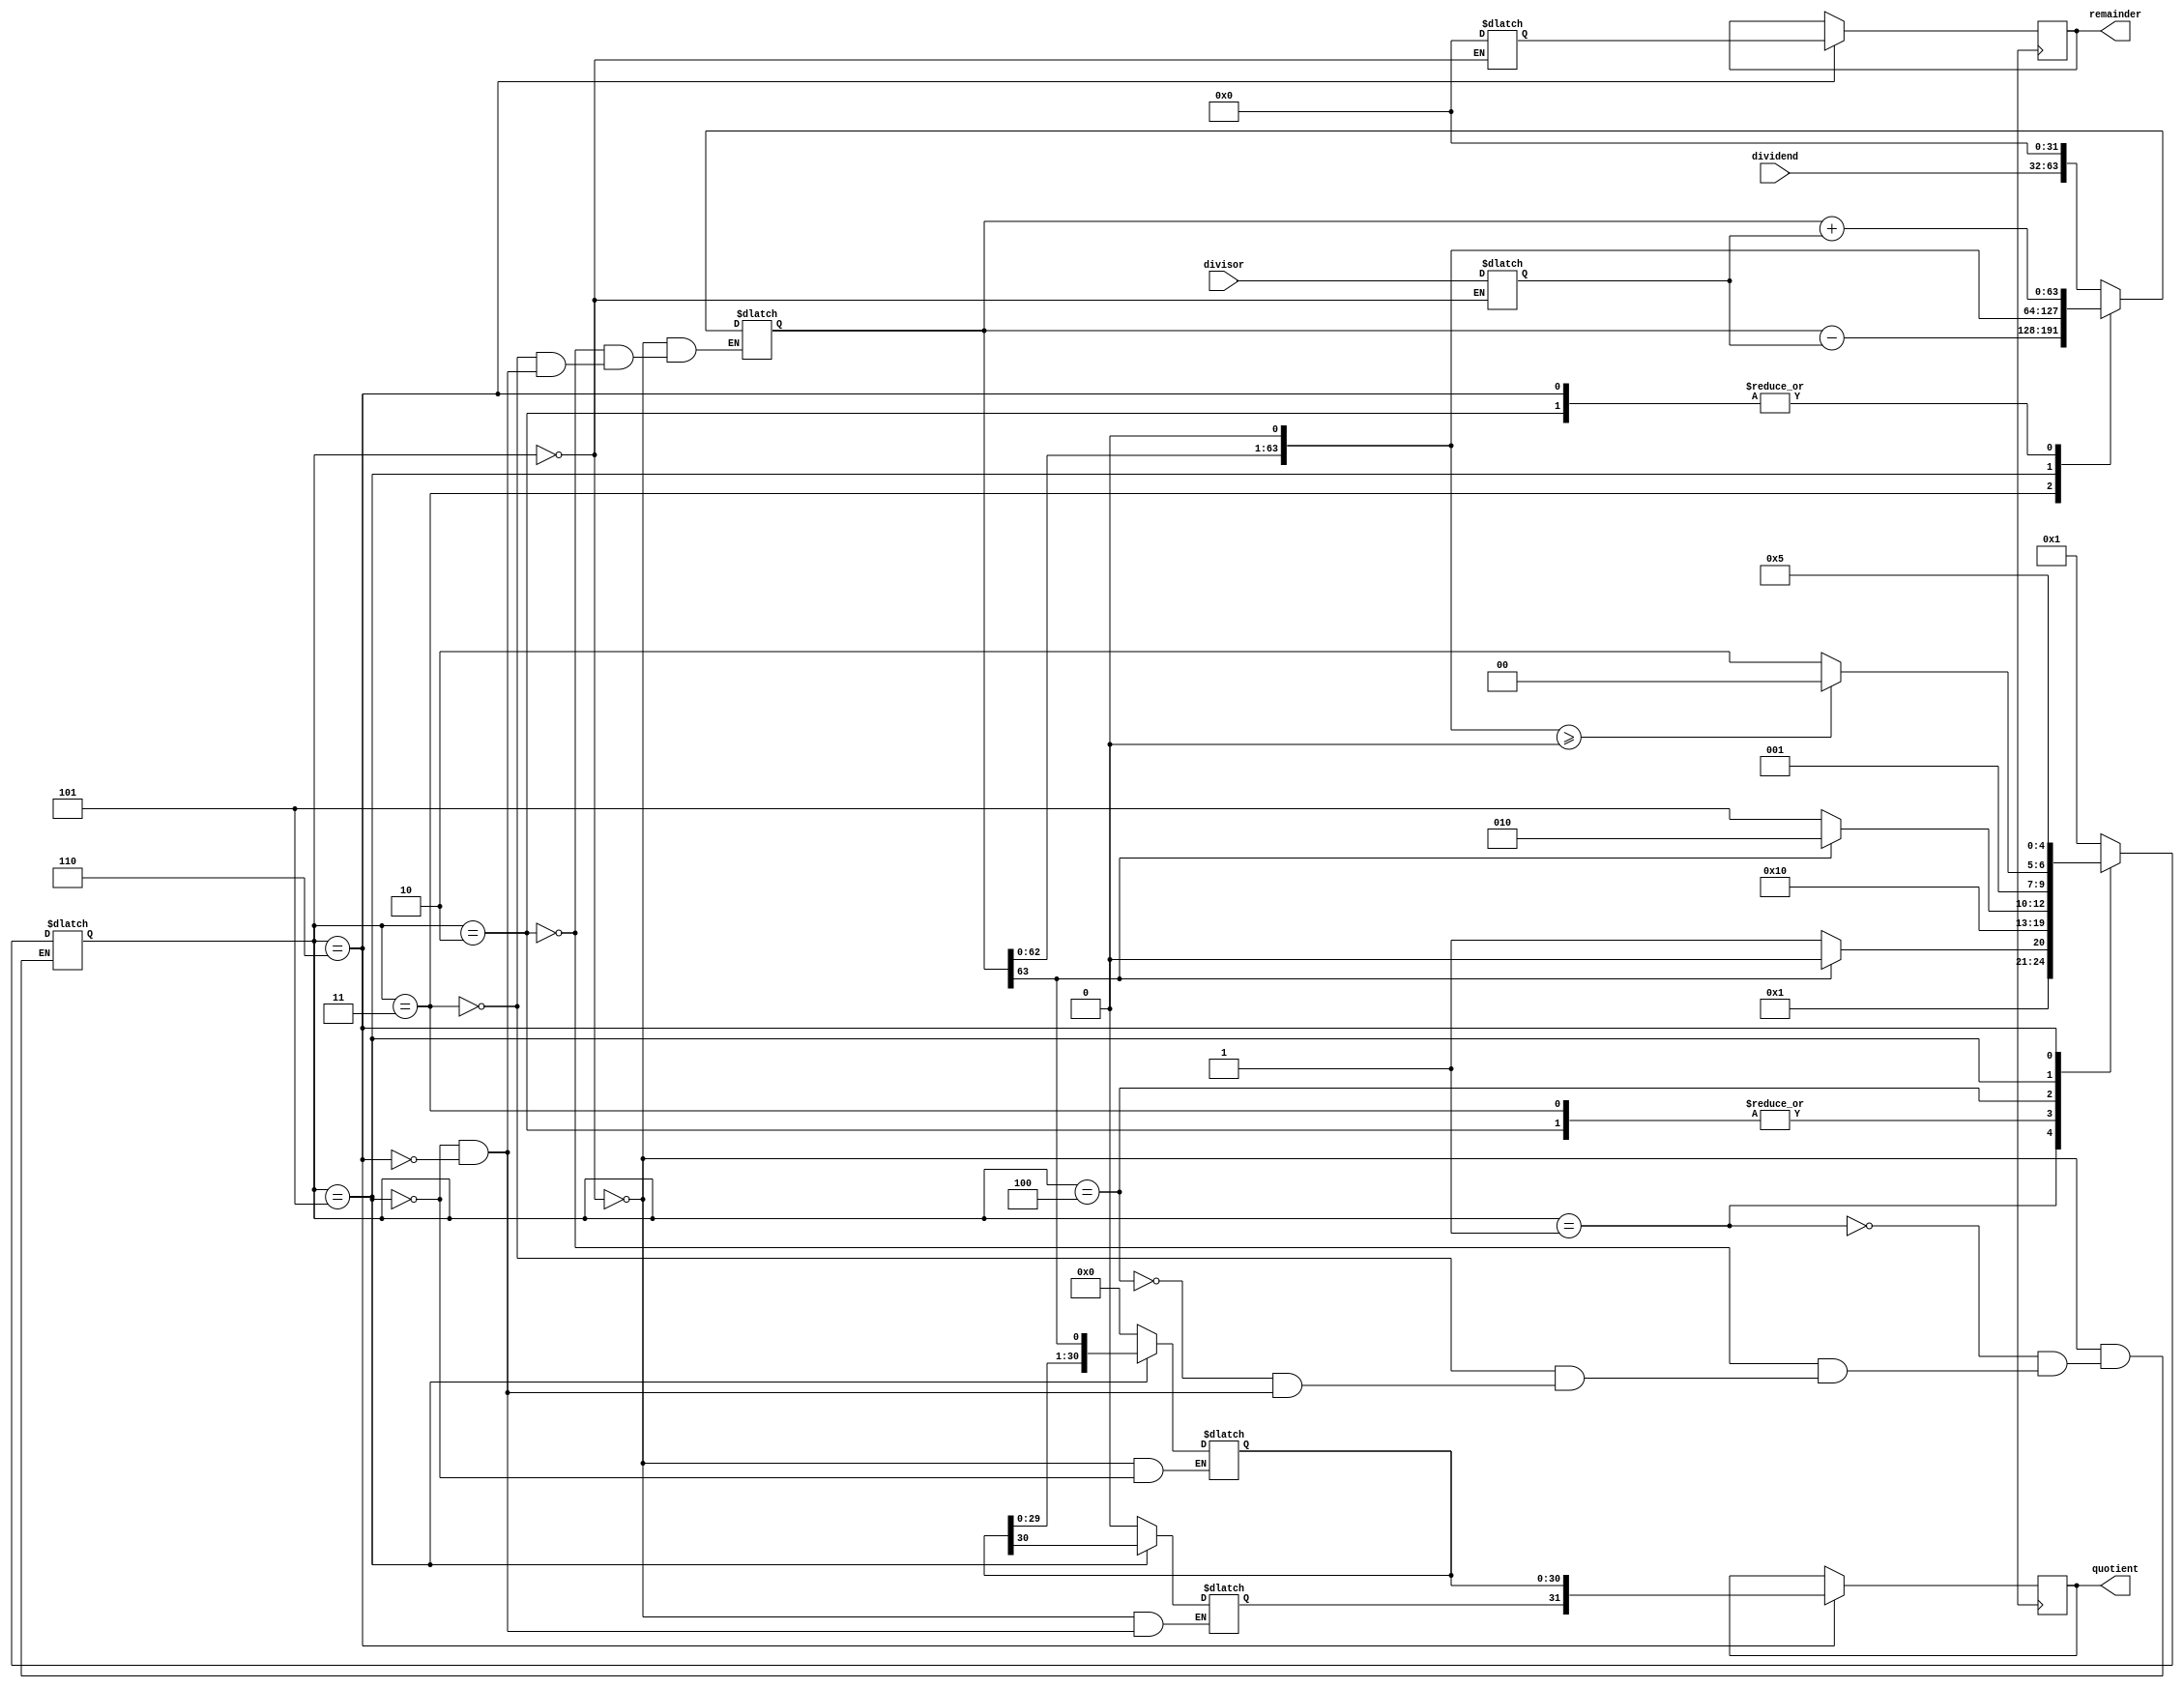
module Non_Restoring_Divider (
    input [31:0] dividend,
    input [31:0] divisor,
    output reg [31:0] quotient,
    output reg [31:0] remainder
);

reg [63:0] dividend_reg;
reg [31:0] divisor_reg;
reg [63:0] quotient_reg;
reg [31:0] remainder_reg;

reg [4:0] state;

always @(*) begin
    case (state)
        0: begin
              quotient_reg = 32'b0;
              remainder_reg = 32'b0;
              dividend_reg = {dividend, 32'b0};
              divisor_reg = divisor;
              state = 1;
           end
        1: begin
              if (dividend_reg[63] == 1'b1)
                  state = 2;
              else
                  state = 3;
           end
        2: begin
              dividend_reg = dividend_reg + divisor_reg;
              state = 4;
           end
        3: begin
              dividend_reg = dividend_reg - divisor_reg;
              state = 4;
           end
        4: begin
              if (dividend_reg[63] == 1'b1)
                  state = 2;
              else
                  state = 5;
           end
        5: begin
              quotient_reg = {quotient_reg[30:0], dividend_reg[63]};
              dividend_reg = dividend_reg << 1;
              if (dividend_reg >= 0)
                  state = 4;
              else
                  state = 6;
           end
        6: begin
              dividend_reg = dividend_reg + divisor_reg;
              quotient_reg[31] = 1'b0;
              state = 5;
           end
    endcase
end

always @(posedge clk) begin
    if (state == 6)
        begin
            quotient = quotient_reg[31:0];
            remainder = remainder_reg;
        end
end

endmodule